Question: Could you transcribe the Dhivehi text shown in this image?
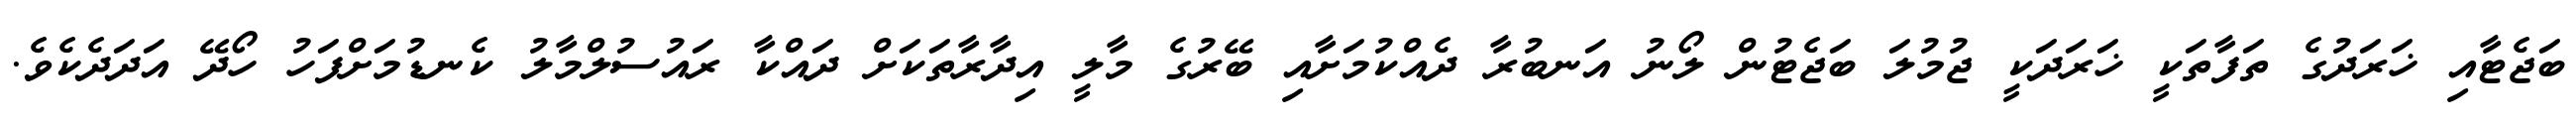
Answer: ބަޖެޓާއި ޚަރަދުގެ ތަފާތަކީ ޚަރަދަކީ ޖުމުލަ ބަޖެޓުން ލޯނު އަނބުރާ ދެއްކުމަށާއި ބޭރުގެ މާލީ އިދާރާތަކަށް ދައްކާ ރައުސުލްމާލު ކެނޑުމަށްފަހު ހޯދޭ އަދަދެކެވެ.